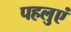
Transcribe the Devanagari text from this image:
पहलुएं